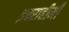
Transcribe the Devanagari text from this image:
इबराहीमी